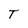
Character: T